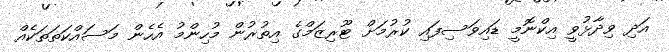
އަދި ވިދާޅުވީ އިކްނޮމީ ޑައިވަސިފައި ކުރުމަށް ޓޫރިޒަމްގެ އިތުރުން މުހިންމު އެހެން މަސައްކަތަތަކެއް